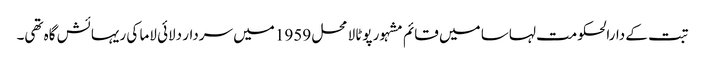
تبت کے دارالحکومت لہاسا میں قائم مشہور پوٹالا محل 1959 میں سردار دلائی لاما کی ریہائش گاہ تھی۔